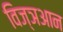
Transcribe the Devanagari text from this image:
विज्ञआन